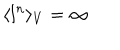
LaTeX: \langle l ^ { n } \rangle _ { V } = \infty